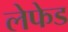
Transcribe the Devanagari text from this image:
लेफेड